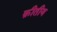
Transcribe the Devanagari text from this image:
क्रीतीय